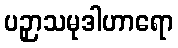
ပဉှာသမုဒါဟာရော